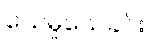
သေမှုသေခင်း